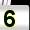
Digit: 5